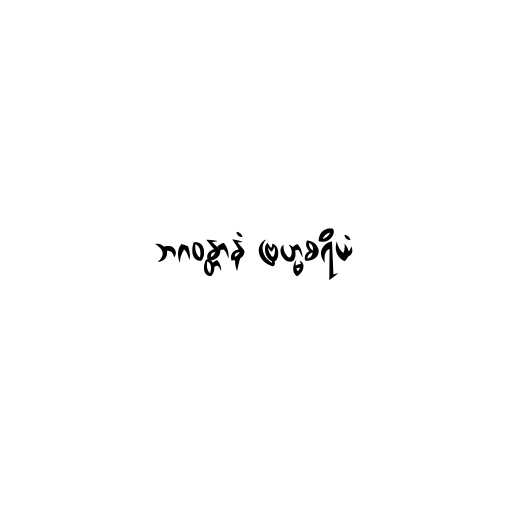
ဘဂဝန္တာနံ ဗြဟ္မစရိယံ